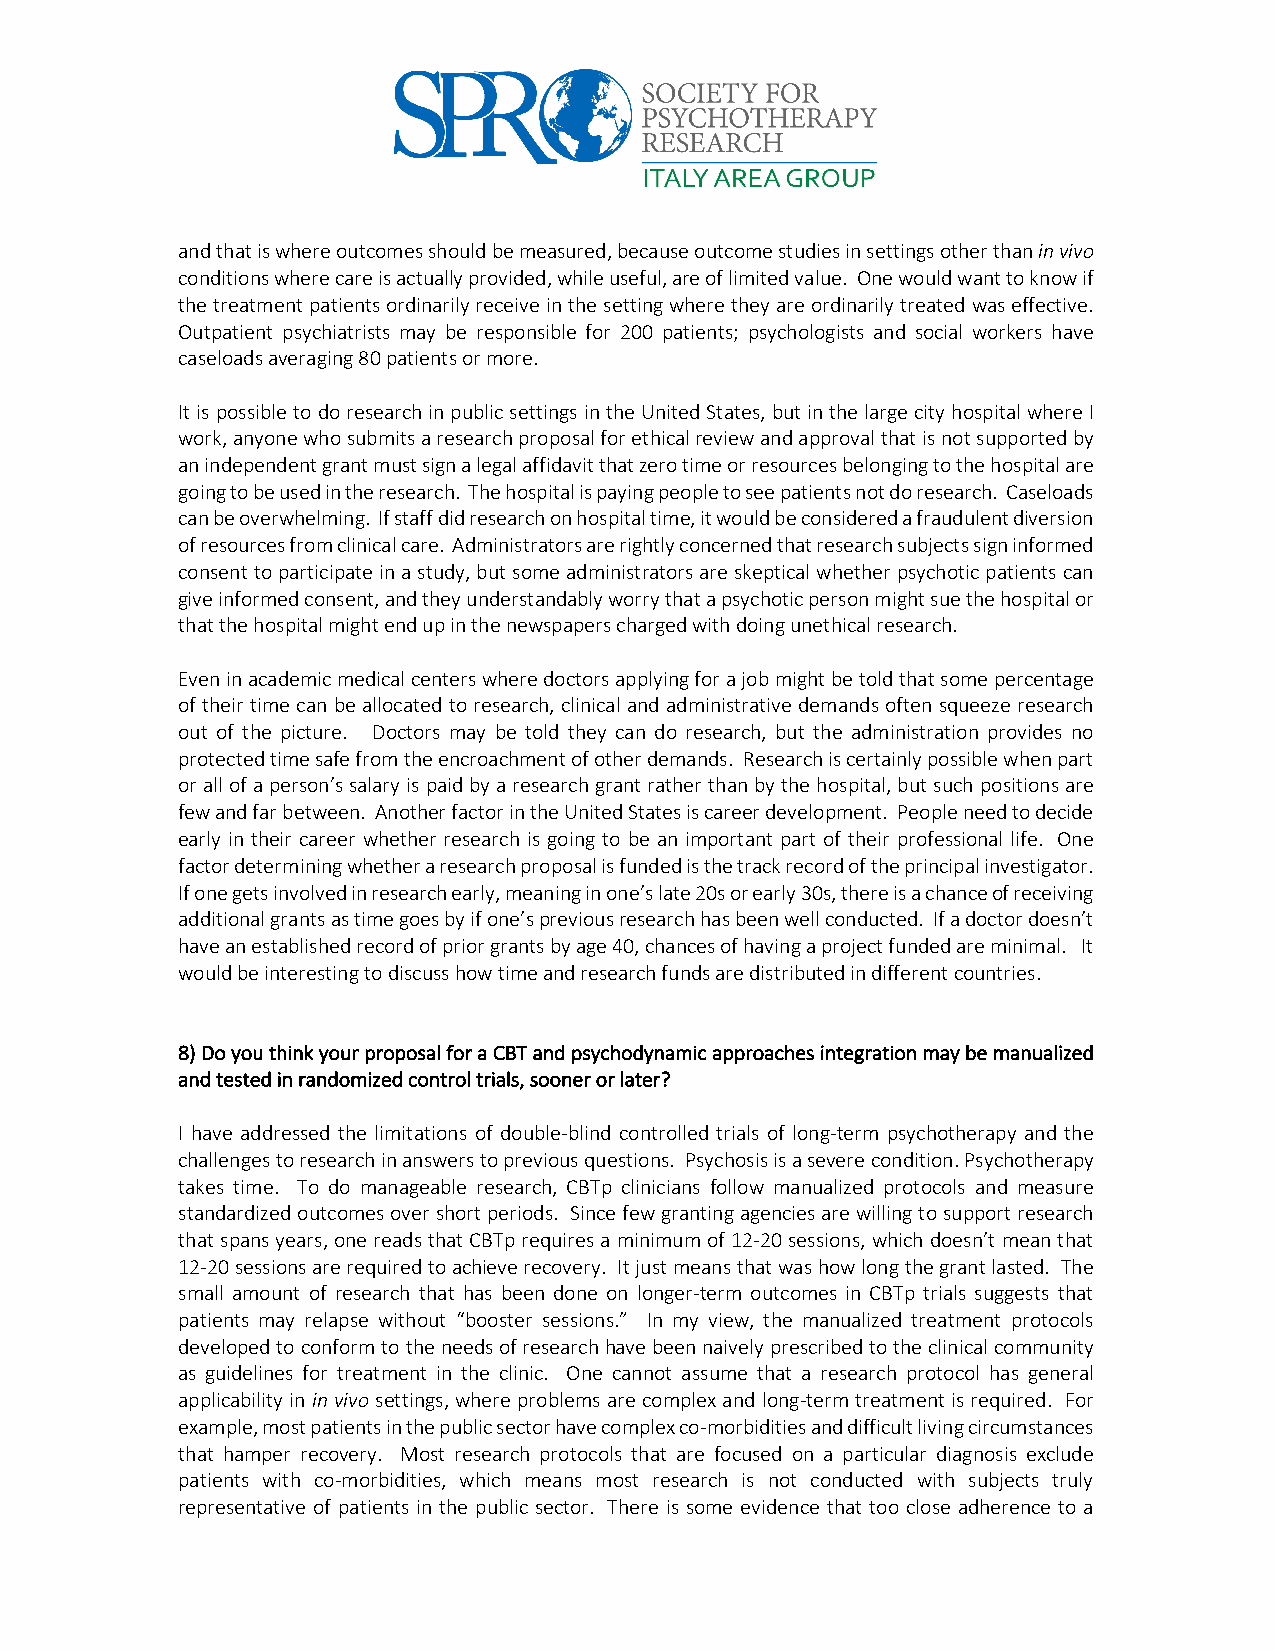
and that is where outcomes should be measured, because outcome studies in settings other than in vivo
 conditions where care is actually provided, while useful, are of limited value. One would want to know if
 the treatment patients ordinarily receive in the setting where they are ordinarily treated was effective.
 Outpatient psychiatrists may be responsible for 200 patients; psychologists and social workers have
 caseloads averaging 80 patients or more.
 It is possible to do research in public settings in the United States, but in the large city hospital where I
 work, anyone who submits a research proposal for ethical review and approval that is not supported by
 an independent grant must sign a legal affidavit that zero time or resources belonging to the hospital are
 going to be used in the research. The hospital is paying people to see patients not do research. Caseloads
 can be overwhelming. If staff did research on hospital time, it would be considered a fraudulent diversion
 of resources from clinical care. Administrators are rightly concerned that research subjects sign informed
 consent to participate in a study, but some administrators are skeptical whether psychotic patients can
 give informed consent, and they understandably worry that a psychotic person might sue the hospital or
 that the hospital might end up in the newspapers charged with doing unethical research.
 Even in academic medical centers where doctors applying for a job might be told that some percentage
 of their time can be allocated to research, clinical and administrative demands often squeeze research
 out of the picture. Doctors may be told they can do research, but the administration provides no
 protected time safe from the encroachment of other demands. Research is certainly possible when part
 or all of a person’s salary is paid by a research grant rather than by the hospital, but such positions are
 few and far between. Another factor in the United States is career development. People need to decide
 early in their career whether research is going to be an important part of their professional life. One
 factor determining whether a research proposal is funded is the track record of the principal investigator.
 If one gets involved in research early, meaning in one’s late 20s or early 30s, there is a chance of receiving
 additional grants as time goes by if one’s previous research has been well conducted. If a doctor doesn’t
 have an established record of prior grants by age 40, chances of having a project funded are minimal. It
 would be interesting to discuss how time and research funds are distributed in different countries.
 8) Do you think your proposal for a CBT and psychodynamic approaches integration may be manualized
 and tested in randomized control trials, sooner or later?
 I have addressed the limitations of double-blind controlled trials of long-term psychotherapy and the
 challenges to research in answers to previous questions. Psychosis is a severe condition. Psychotherapy
 takes time. To do manageable research, CBTp clinicians follow manualized protocols and measure
 standardized outcomes over short periods. Since few granting agencies are willing to support research
 that spans years, one reads that CBTp requires a minimum of 12-20 sessions, which doesn’t mean that
 12-20 sessions are required to achieve recovery. It just means that was how long the grant lasted. The
 small amount of research that has been done on longer-term outcomes in CBTp trials suggests that
 patients may relapse without “booster sessions.” In my view, the manualized treatment protocols
 developed to conform to the needs of research have been naively prescribed to the clinical community
 as guidelines for treatment in the clinic. One cannot assume that a research protocol has general
 applicability in in vivo settings, where problems are complex and long-term treatment is required. For
 example, most patients in the public sector have complex co-morbidities and difficult living circumstances
 that hamper recovery. Most research protocols that are focused on a particular diagnosis exclude
 patients with co-morbidities, which means most research is not conducted with subjects truly
 representative of patients in the public sector. There is some evidence that too close adherence to a